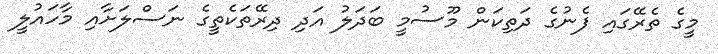
މީގެ ތެރޭގައި ފެނުގެ ދަތިކަން މޫސުމީ ބަދަލު އަދި ދިރޭތަކެތީގެ ނަސްލަށާއި މާހައުލީ